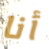
أنا